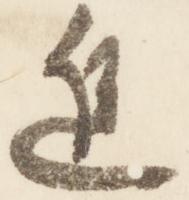
近